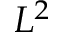
L ^ { 2 }